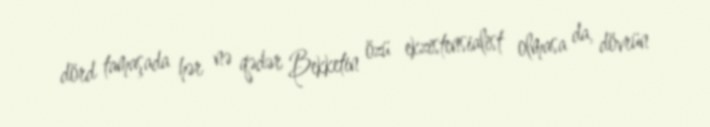
dörd tamaşada hər nə qədər Bekketin özü ekzistensialist olmasa da, dövrün